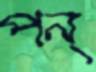
পন্